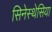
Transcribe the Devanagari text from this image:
सिनेस्थेसिया